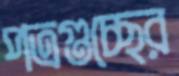
পত্রগুচ্ছের